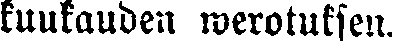
kuukauden werotuksen.